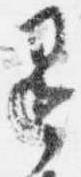
退